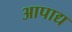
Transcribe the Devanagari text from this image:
आपाद्य